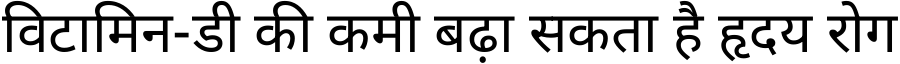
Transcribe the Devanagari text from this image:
विटामिन-डी की कमी बढ़ा सकता है हृदय रोग